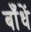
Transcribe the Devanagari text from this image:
बाँधें